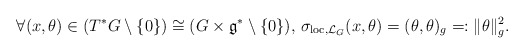
\begin{align*}\forall (x,\theta)\in (T^*G \setminus \{0\})\cong (G\times \mathfrak{g}^{*}\setminus \{0\}),\,\sigma_{\textnormal{loc}, \mathcal{L}_{G}}(x,\theta)=(\theta,\theta)_{g}=:\|\theta\|_{g}^2.\end{align*}